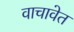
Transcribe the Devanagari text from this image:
वाचावेत